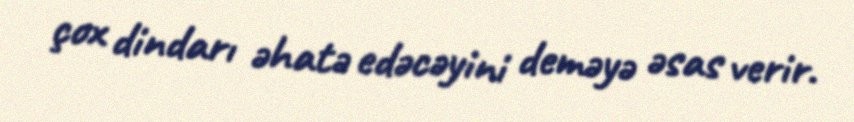
çox dindarı əhatə edəcəyini deməyə əsas verir.